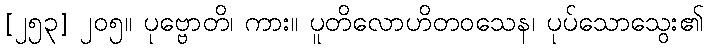
[၂၅၃] ၂၀၅။ ပုဗ္ဗောတိ၊ ကား။ ပူတိလောဟိတဝသေန၊ ပုပ်သောသွေး၏